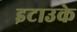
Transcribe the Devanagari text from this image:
इटाउके